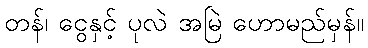
တန်၊ ငွေနှင့် ပုလဲ အမြဲ ဟောမည်မှန်။